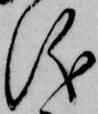
儀